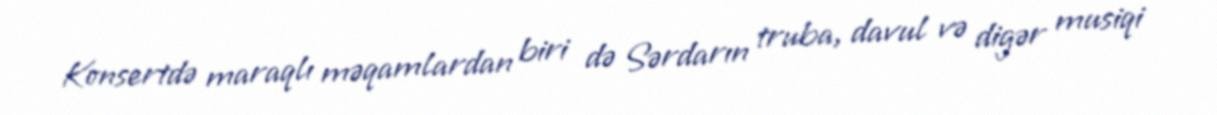
Konsertdə maraqlı məqamlardan biri də Sərdarın truba, davul və digər musiqi